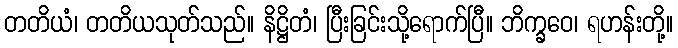
တတိယံ၊ တတိယသုတ်သည်။ နိဋ္ဌိတံ၊ ပြီးခြင်းသို့ရောက်ပြီ။ ဘိက္ခဝေ၊ ရဟန်းတို့။